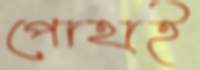
পোহাই